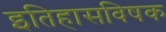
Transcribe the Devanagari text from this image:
इतिहासविषक